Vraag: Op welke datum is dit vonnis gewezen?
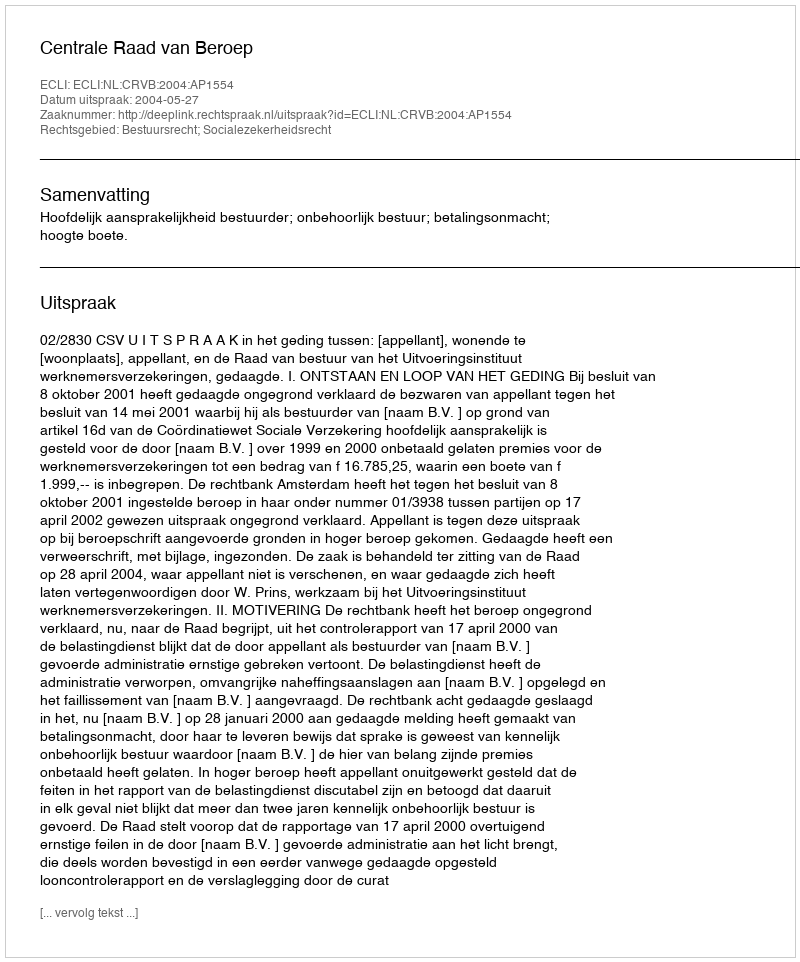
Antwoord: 2004-05-27